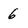
Character: 6